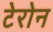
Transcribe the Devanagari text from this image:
टेरोन